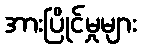
အားပြိုင်မှုများ